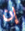
إن